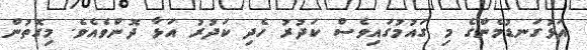
އަޅުގަނޑުމެންގެ މި ގައުމުގައިވެސް ކަދުރު ހެދި ކަދުރު އަޅާ ދޮންވެއެވެ. މިގޮތުން